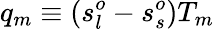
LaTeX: q_{m}\equiv(s_{l}^{o}-s_{s}^{o})T_{m}